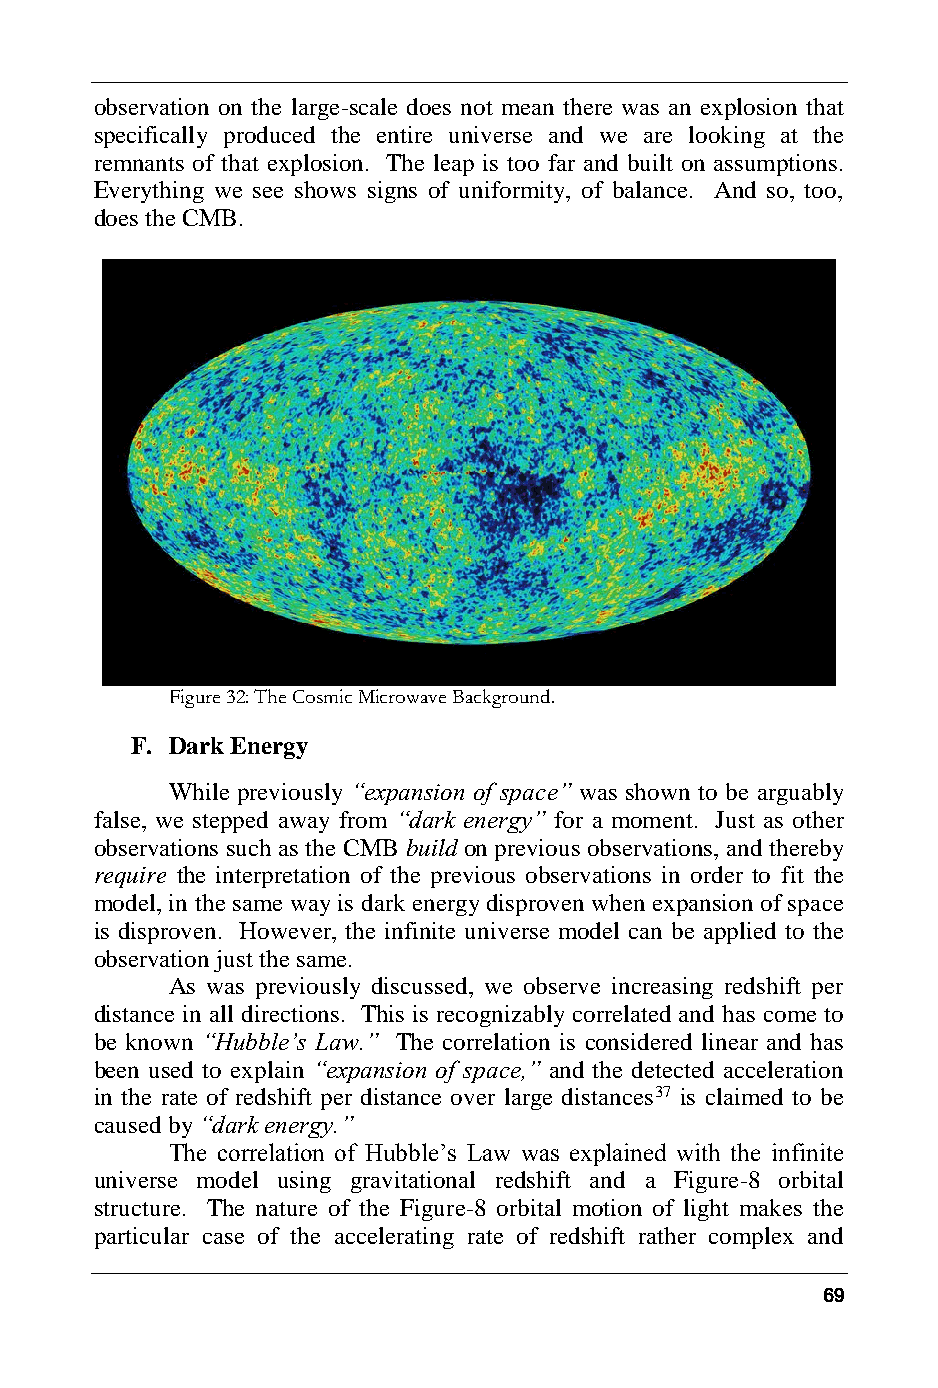
observation on the large-scale does not mean there was an explosion that
 specifically produced the entire universe and we are looking at the
 remnants of that explosion. The leap is too far and built on assumptions.
 Everything we see shows signs of uniformity, of balance. And so, too,
 does the CMB.
 Figure 32: The Cosmic Microwave Background.
 F. Dark Energy
 While previously “expansion of space” was shown to be arguably
 false, we stepped away from “dark energy” for a moment. Just as other
 observations such as the CMB build on previous observations, and thereby
 require the interpretation of the previous observations in order to fit the
 model, in the same way is dark energy disproven when expansion of space
 is disproven. However, the infinite universe model can be applied to the
 observation just the same.
 As was previously discussed, we observe increasing redshift per
 distance in all directions. This is recognizably correlated and has come to
 be known “Hubble’s Law.” The correlation is considered linear and has
 been used to explain “expansion of space,” and the detected acceleration
 in the rate of redshift per distance over large distances37 is claimed to be
 caused by “dark energy.”
 The correlation of Hubble’s Law was explained with the infinite
 universe model using gravitational redshift and a Figure-8 orbital
 structure. The nature of the Figure-8 orbital motion of light makes the
 particular case of the accelerating rate of redshift rather complex and
 69